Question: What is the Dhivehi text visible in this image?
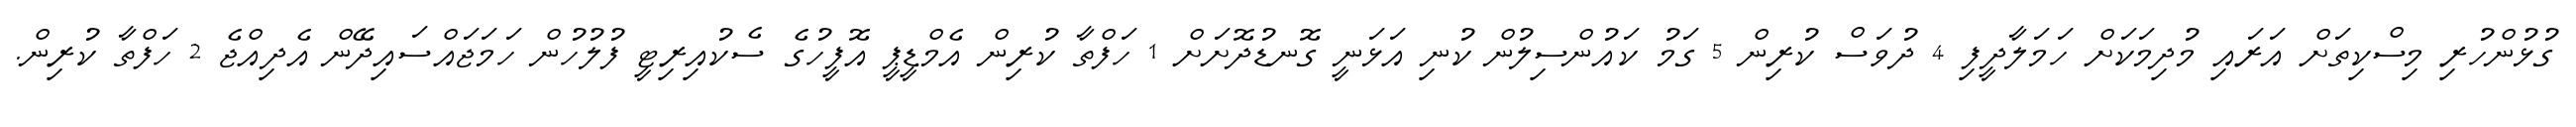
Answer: ގުޅުންހުރި މިސްކިތަށް އަރައި މުދިމަކަށް ހަމަލާދީފި 4 ދުވަސް ކުރިން 5 ގަމު ކައުންސިލުން ކުނި އަޅަނީ ގޮނޑުދޮށަށް 1 ހަފްތާ ކުރިން އެމްޑީޕީ އޮފީހުގެ ސެކުއިރިޓީ ފުލުހުން ހަމަޖައްސައިދޭން އެދިއްޖެ 2 ހަފްތާ ކުރިން.